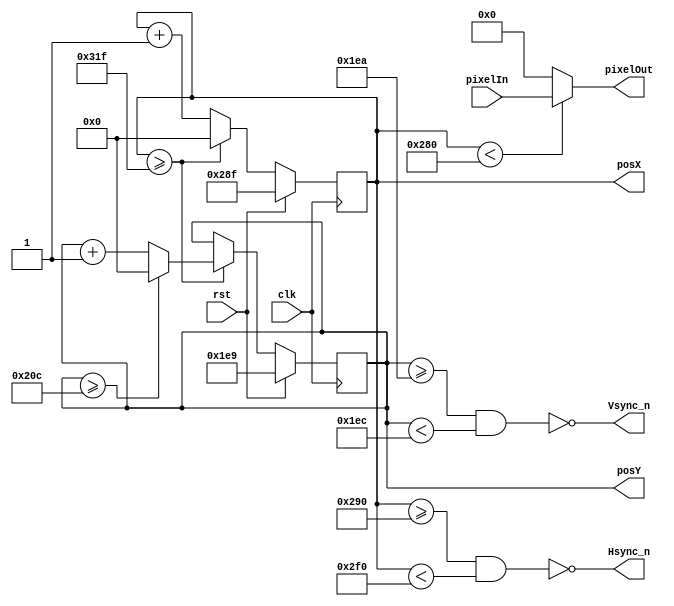
`timescale 10ns / 1ns		

module VGA_Driver640x480 (
    //entradas 
	input rst,
	input clk, 				// 25MHz  para 60 hz de 640x480
	input  [11:0] pixelIn, 	// entrada del valor de color  pixel 
	//salidas
	output  [11:0] pixelOut, // salida del valor pixel a la VGA 
	output  Hsync_n,		// seal de sincronizacion en horizontal negada
	output  Vsync_n,		// seal de sincronizacion en vertical negada 
	output  [9:0] posX, 	// posicion en horizontal del pixel siguiente
	output  [9:0] posY 		// posicion en vertical  del pixel siguiente
);

localparam SCREEN_X = 640; 	// tamao de la pantalla visible en horizontal 
localparam FRONT_PORCH_X =16;  
localparam SYNC_PULSE_X = 96;
localparam BACK_PORCH_X = 48; //28
localparam TOTAL_SCREEN_X = SCREEN_X+FRONT_PORCH_X+SYNC_PULSE_X+BACK_PORCH_X; 	// total pixel pantalla en horizontal 


localparam SCREEN_Y = 480; 	// tamao de la pantalla visible en Vertical 
localparam FRONT_PORCH_Y =10;  
localparam SYNC_PULSE_Y = 2;
localparam BACK_PORCH_Y = 33;
localparam TOTAL_SCREEN_Y = SCREEN_Y+FRONT_PORCH_Y+SYNC_PULSE_Y+BACK_PORCH_Y; 	// total pixel pantalla en Vertical 


reg  [9:0] countX;
reg  [9:0] countY;

assign posX = countX;
assign posY = countY;

assign pixelOut = (countX<SCREEN_X) ? (pixelIn) : (12'b000000000000) ;

assign Hsync_n = ~((countX>=SCREEN_X+FRONT_PORCH_X) && (countX<SCREEN_X+SYNC_PULSE_X+FRONT_PORCH_X)); 
assign Vsync_n = ~((countY>=SCREEN_Y+FRONT_PORCH_Y) && (countY<SCREEN_Y+FRONT_PORCH_Y+SYNC_PULSE_Y));


always @(posedge clk) begin
	if (rst) begin
		countX <= (SCREEN_X+FRONT_PORCH_X-1);
		countY <= (SCREEN_Y+FRONT_PORCH_Y-1);
	end
	else begin 
		if (countX >= (TOTAL_SCREEN_X-1)) begin
		  countX <= 0;
		  if (countY >= (TOTAL_SCREEN_Y-1)) begin
		      countY <= 0;
		  end 
		  else begin
				countY <= countY + 1;
		  end
		end 
		else begin
			countX <= countX + 1;
			countY <= countY;
		end
	end
end

endmodule